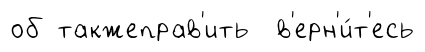
об такжеправ'ить в'ерн'и́т'есь